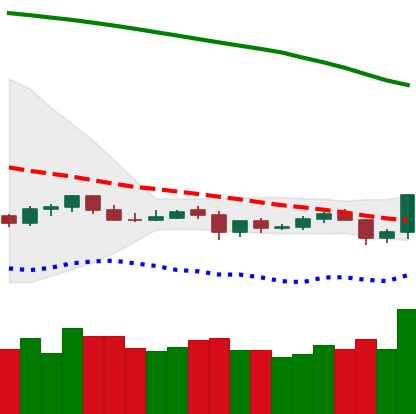
Ticker: NEO-USD
Chart end date: 2019-10-25
Forward return: 44.235%
Label: up_7plus